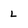
Character: L